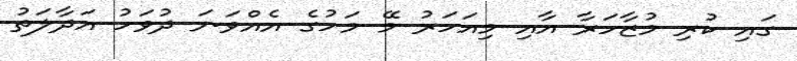
ގައި ކުރި މުޒާހަރާ އާއި މިއަހަރު މޭ މަހުގެ އެއްވަނަ ދުވަހު އަދާލަތު